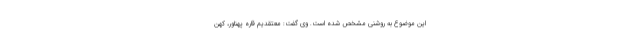
این موضوع به روشنی مشخص شده است. وی گفت: معتقدیم قاره پهناور، کهن